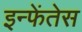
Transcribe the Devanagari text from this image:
इन्फेंतेस